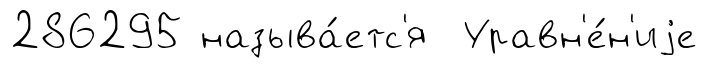
286295 называ́етс'я Уравн'е́н'иjе